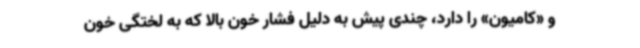
و «کامیون» را دارد، چندی پیش به دلیل فشار خون بالا که به لختگی خون